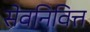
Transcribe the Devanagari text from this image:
सेवनिवित्त